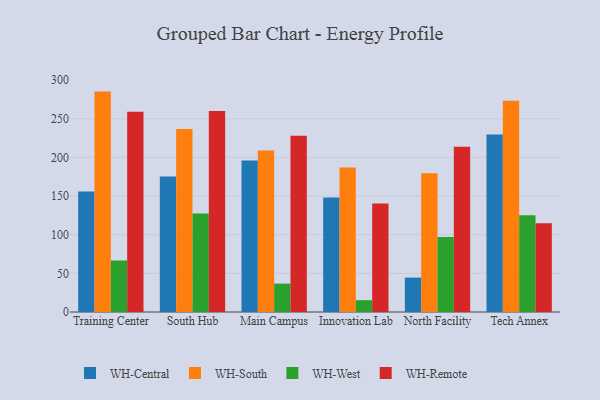
{"axis": {"x": "Campus", "y": "LTV (USD)"}, "legend": ["WH-Central", "WH-Remote", "WH-South", "WH-West"], "data": [{"x": "Training Center", "y": 155.9, "type": "WH-Central"}, {"x": "Training Center", "y": 285.1, "type": "WH-South"}, {"x": "Training Center", "y": 66.6, "type": "WH-West"}, {"x": "Training Center", "y": 259.0, "type": "WH-Remote"}, {"x": "South Hub", "y": 175.3, "type": "WH-Central"}, {"x": "South Hub", "y": 236.7, "type": "WH-South"}, {"x": "South Hub", "y": 127.5, "type": "WH-West"}, {"x": "South Hub", "y": 260.1, "type": "WH-Remote"}, {"x": "Main Campus", "y": 195.9, "type": "WH-Central"}, {"x": "Main Campus", "y": 208.8, "type": "WH-South"}, {"x": "Main Campus", "y": 36.7, "type": "WH-West"}, {"x": "Main Campus", "y": 228.0, "type": "WH-Remote"}, {"x": "Innovation Lab", "y": 148.2, "type": "WH-Central"}, {"x": "Innovation Lab", "y": 187.0, "type": "WH-South"}, {"x": "Innovation Lab", "y": 15.3, "type": "WH-West"}, {"x": "Innovation Lab", "y": 140.3, "type": "WH-Remote"}, {"x": "North Facility", "y": 44.5, "type": "WH-Central"}, {"x": "North Facility", "y": 179.5, "type": "WH-South"}, {"x": "North Facility", "y": 97.0, "type": "WH-West"}, {"x": "North Facility", "y": 213.8, "type": "WH-Remote"}, {"x": "Tech Annex", "y": 229.6, "type": "WH-Central"}, {"x": "Tech Annex", "y": 273.3, "type": "WH-South"}, {"x": "Tech Annex", "y": 125.2, "type": "WH-West"}, {"x": "Tech Annex", "y": 114.7, "type": "WH-Remote"}]}